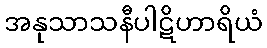
အနုသာသနီပါဋိဟာရိယံ